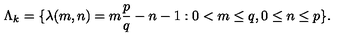
\Lambda _ { k } = \{ \lambda ( m , n ) = m \frac { p } { q } - n - 1 : 0 < m \leq q , 0 \leq n \leq p \} .